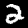
Label: 2